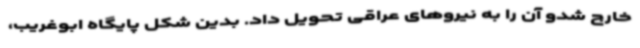
خارج شدو آن را به نیروهای عراقی تحویل داد. بدین شکل پایگاه ابوغریب،